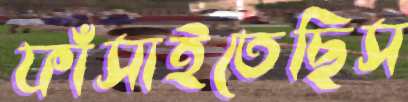
ফাঁসাইতেছিস